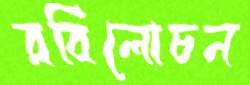
রবিলোচন